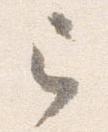
已